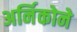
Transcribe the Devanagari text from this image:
अर्निकोने